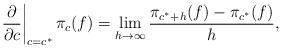
LaTeX: \begin{align*}\left.\frac{\partial}{\partial c}\right|_{c=c^*} \pi_c(f) = \lim_{h \to \infty} \frac{\pi_{c^*+h}(f) - \pi_{c^*}(f)}{h},\end{align*}